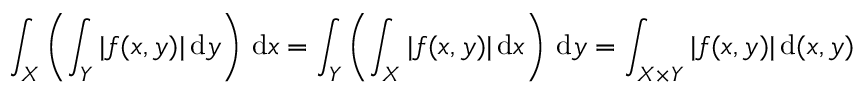
\int _ { X } \left( \int _ { Y } | f ( x , y ) | \, { \mathrm { d } } y \right) \, { \mathrm { d } } x = \int _ { Y } \left( \int _ { X } | f ( x , y ) | \, { \mathrm { d } } x \right) \, { \mathrm { d } } y = \int _ { X \times Y } | f ( x , y ) | \, { \mathrm { d } } ( x , y )